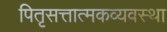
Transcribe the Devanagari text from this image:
पितृसत्तात्मकव्यवस्था